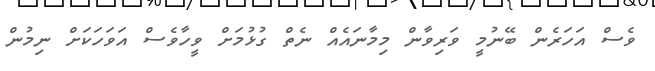
ވެސް އަހަރެން ބޭނުމީ ވަރިވާން މިމާނައެއް ނެތް ގުޅުމަށް ވީހާވެސް އަވަހަކަށް ނިމުން